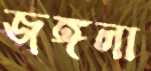
জঙ্গলা